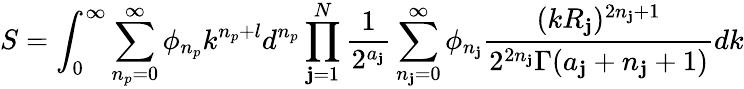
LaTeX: S=\int_{0}^{\infty}\sum_{n_{p}=0}^{\infty}\phi_{n_{p}}k^{n_{p}+l}d^{n_{p}}\prod_{\mathbf{j}=1}^{N}\frac{{1}}{{2^{a_{\mathbf{j}}}}}\sum_{n_{\mathbf{j}}=0}^{\infty}\phi_{n_{\mathbf{j}}}\frac{{(kR_{\mathbf{j}})^{2n_{\mathbf{j}}+1}}}{{2^{2n_{\mathbf{j}}}\Gamma(a_{\mathbf{j}}+n_{\mathbf{j}}+1)}}d{k}